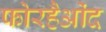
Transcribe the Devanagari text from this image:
फोरहैओंद